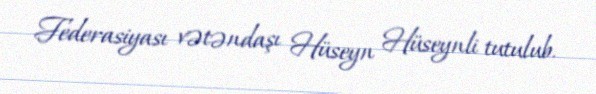
Federasiyası vətəndaşı Hüseyn Hüseynli tutulub.